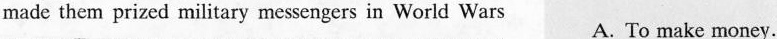
made them prized military messengers in World Wars A. To make money.